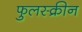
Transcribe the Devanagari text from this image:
फुलस्क्रीन